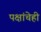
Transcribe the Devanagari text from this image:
पक्षांचेही